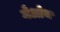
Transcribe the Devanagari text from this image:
मेओथ